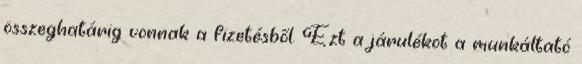
összeghatárig vonnak a fizetésből. Ezt a járulékot a munkáltató